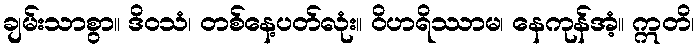
ချမ်းသာစွာ။ ဒိဝသံ၊ တစ်နေ့ပတ်လုံး။ ဝိဟရိဿာမ၊ နေကုန်အံ့။ ဣတိ၊